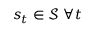
s _ { t } \in \mathcal S \ \forall t